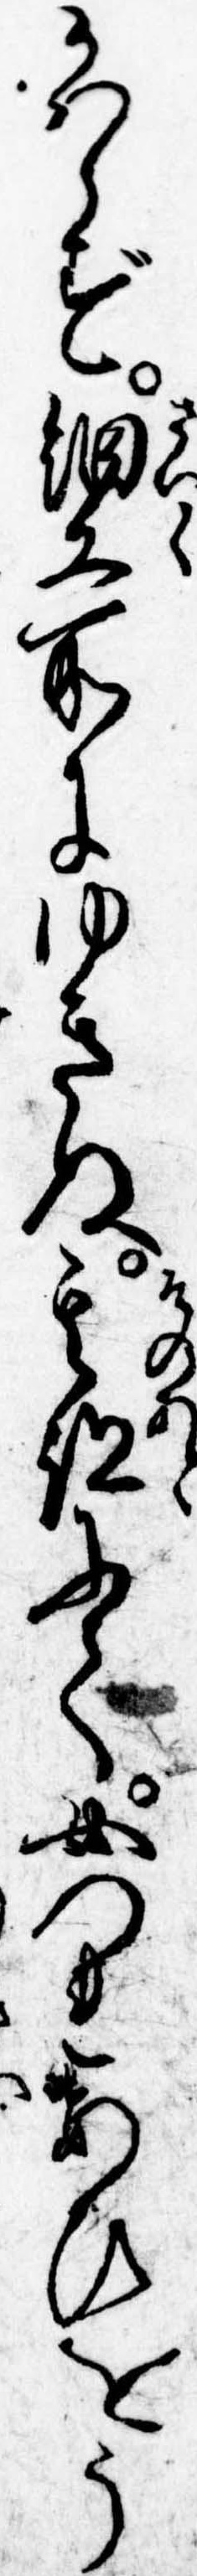
かはらず細工所にゆきぬ其跡にて女つれあひをう